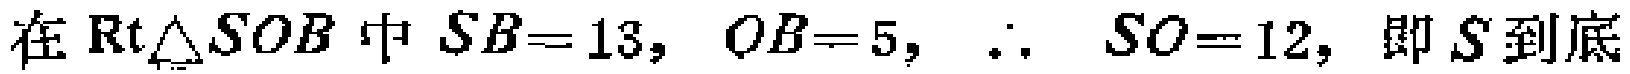
在$\text{Rt}\triangle SOB$中$SB = 13, OB = 5, \therefore SO = 12,$ 即$S$到底